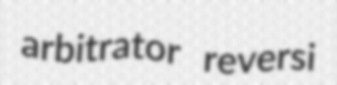
arbitrator reversi